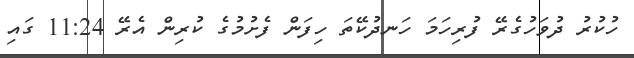
ހުކުރު ދުވަހުގެރޭ ފުރިހަމަ ހަނދުކޭތަ ހިފަން ފެށުމުގެ ކުރިން އެރޭ 11:24 ގައި